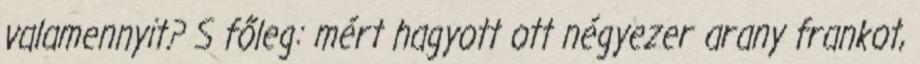
valamennyit? S főleg: mért hagyott ott négyezer arany frankot,